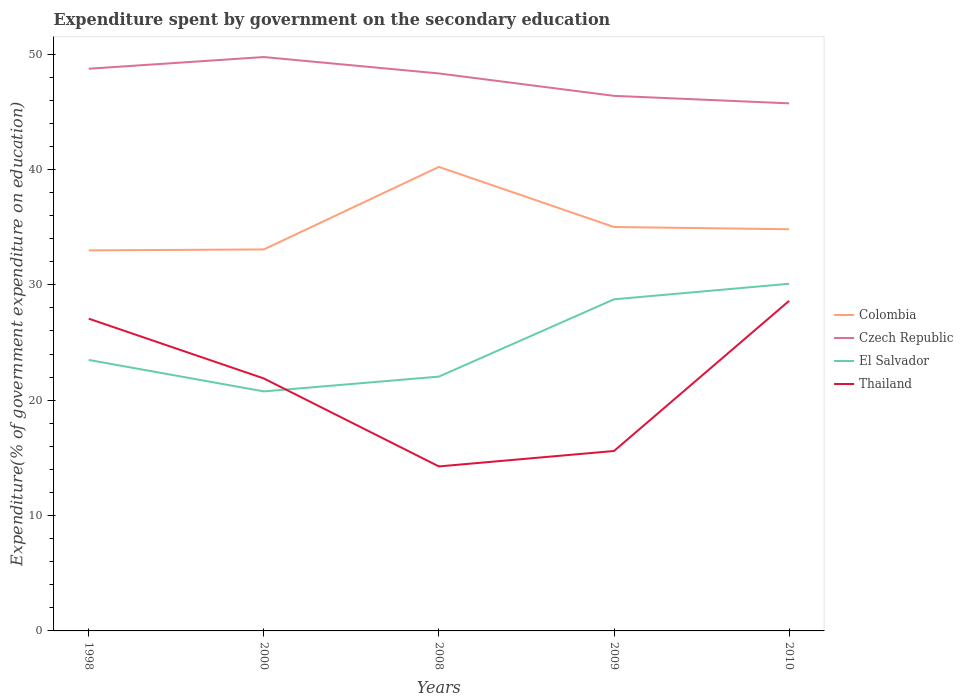
| Years | Colombia | Czech Republic | El Salvador | Thailand |
 | --- | --- | --- | --- | --- |
 | 1998 | 33 | 48.7 | 23.5 | 27.1 |
 | 2000 | 33.1 | 49.7 | 20.8 | 21.9 |
 | 2008 | 40.2 | 48.3 | 22 | 14.3 |
 | 2009 | 35 | 46.4 | 28.7 | 15.6 |
 | 2010 | 34.8 | 45.7 | 30.1 | 28.6 |